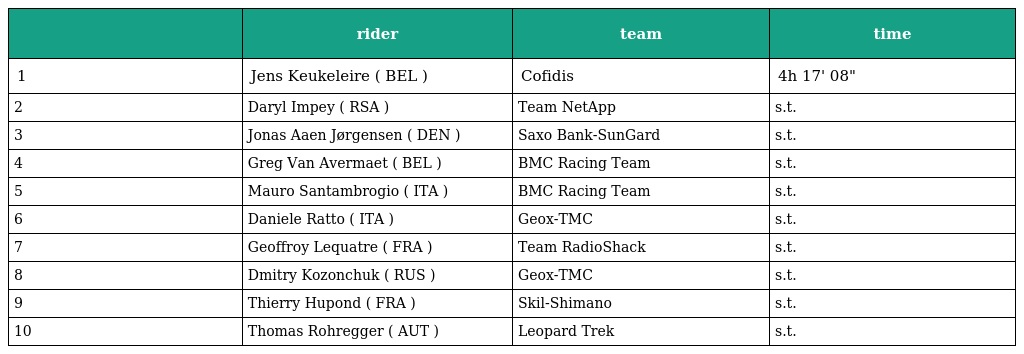
|  | rider | team | time |
 | --- | --- | --- | --- |
 | 1 | Jens Keukeleire ( BEL ) | Cofidis | 4h 17' 08" |
 | 2 | Daryl Impey ( RSA ) | Team NetApp | s.t. |
 | 3 | Jonas Aaen Jørgensen ( DEN ) | Saxo Bank-SunGard | s.t. |
 | 4 | Greg Van Avermaet ( BEL ) | BMC Racing Team | s.t. |
 | 5 | Mauro Santambrogio ( ITA ) | BMC Racing Team | s.t. |
 | 6 | Daniele Ratto ( ITA ) | Geox-TMC | s.t. |
 | 7 | Geoffroy Lequatre ( FRA ) | Team RadioShack | s.t. |
 | 8 | Dmitry Kozonchuk ( RUS ) | Geox-TMC | s.t. |
 | 9 | Thierry Hupond ( FRA ) | Skil-Shimano | s.t. |
 | 10 | Thomas Rohregger ( AUT ) | Leopard Trek | s.t. |